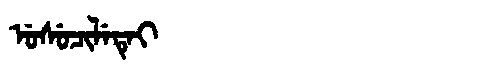
Manchu: ᡠᠰᡠᠴᡳᠯᡝᡨᡝᡳ
Romanization: USUCILETEI